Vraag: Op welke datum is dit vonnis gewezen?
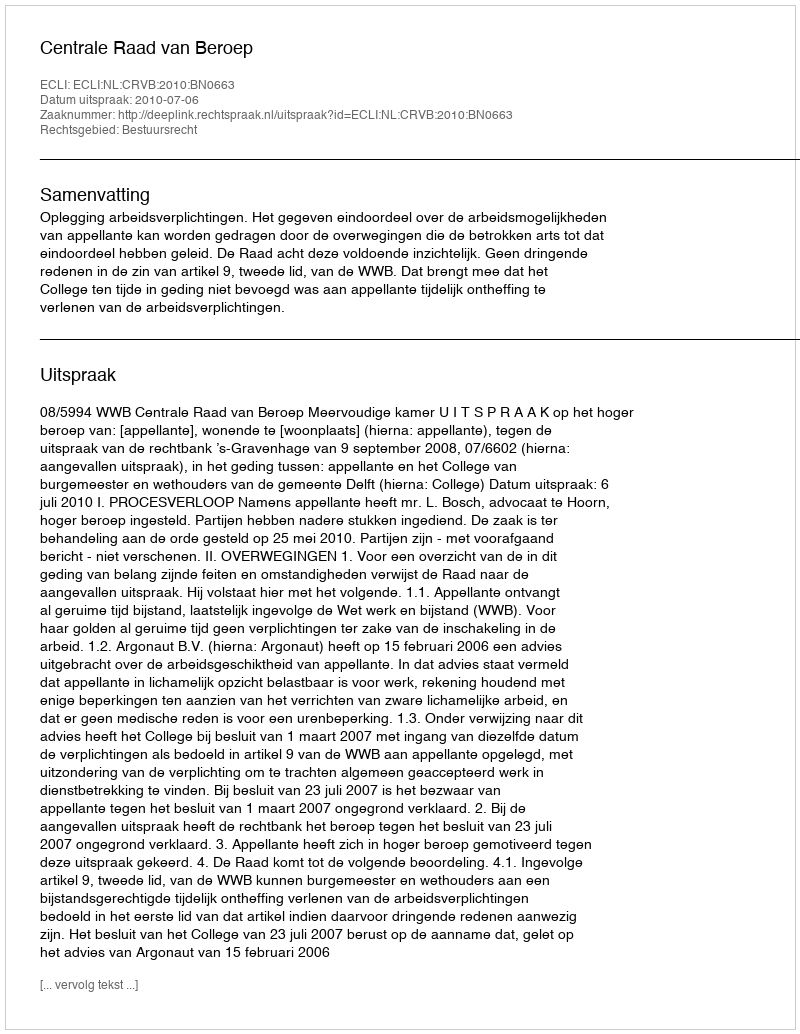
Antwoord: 2010-07-06